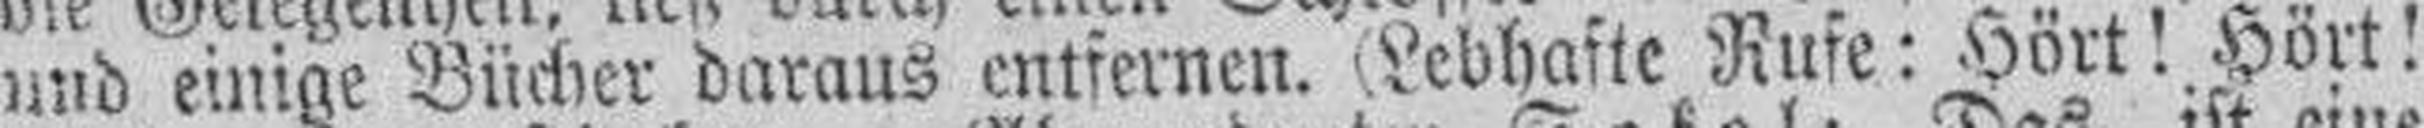
und einige Bücher daraus entfernen. (Lebhafte Rufe: Hört! Hört!